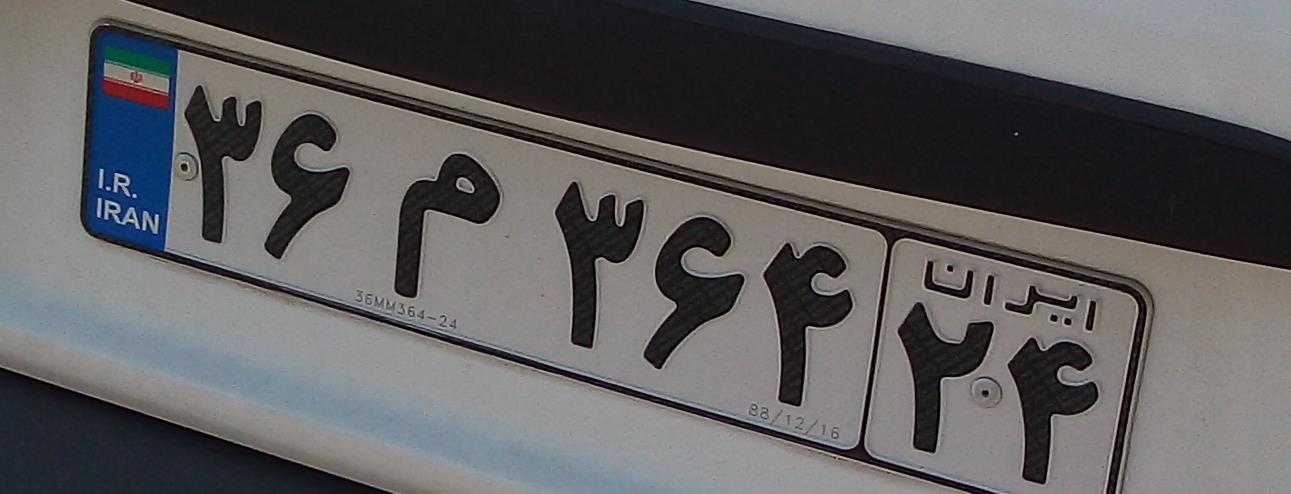
۳۶م۳۴۶۲۴